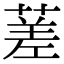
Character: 蒫